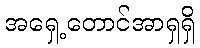
အရှေ့တောင်အာရှရှိ